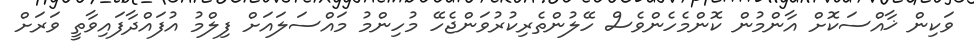
ވަކިން ޚާއްސަކޮށް އާންމުން ކޮންމެހެންވެސް ހޭލުންތެރިކުރުވަންޖެހޭ މުހިންމު މައްސަލައަށް ފިލްމު އުފައްދާފައިވާތީ ވަރަށް